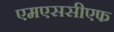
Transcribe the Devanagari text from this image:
एमएससीएफ